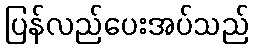
ပြန်လည်ပေးအပ်သည်